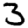
Digit: 3